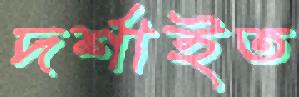
দর্শাইত